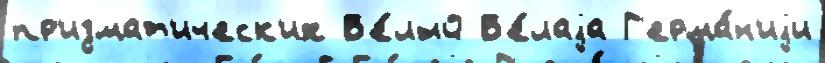
пр'измат'ическ'их Б'е́лый Б'е́лаjа Г'ерма́н'иjи